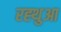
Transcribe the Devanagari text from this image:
रह्थुआ